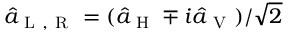
\hat { a } _ { \mathrm { ~ L ~ } , \mathrm { ~ R ~ } } = ( \hat { a } _ { \mathrm { ~ H ~ } } \mp i \hat { a } _ { \mathrm { ~ V ~ } } ) / \sqrt { 2 }